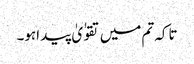
تاکہ تم میں تقوٰ یٰ پید اہو۔